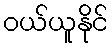
ဝယ်ယူနိုင်